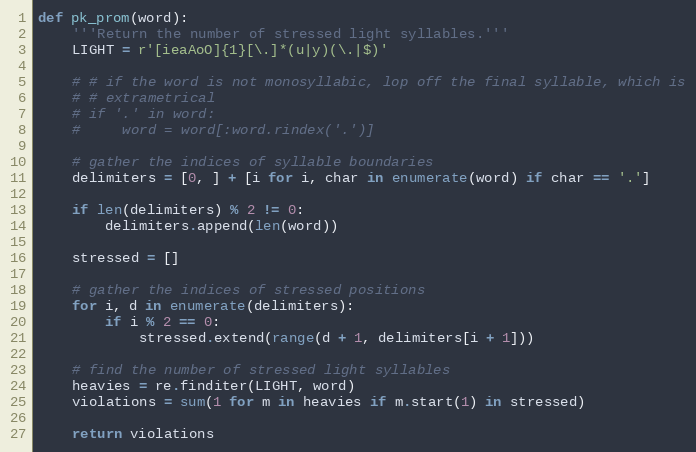
Language: Python
def pk_prom(word):
    '''Return the number of stressed light syllables.'''
    LIGHT = r'[ieaAoO]{1}[\.]*(u|y)(\.|$)'

    # # if the word is not monosyllabic, lop off the final syllable, which is
    # # extrametrical
    # if '.' in word:
    #     word = word[:word.rindex('.')]

    # gather the indices of syllable boundaries
    delimiters = [0, ] + [i for i, char in enumerate(word) if char == '.']

    if len(delimiters) % 2 != 0:
        delimiters.append(len(word))

    stressed = []

    # gather the indices of stressed positions
    for i, d in enumerate(delimiters):
        if i % 2 == 0:
            stressed.extend(range(d + 1, delimiters[i + 1]))

    # find the number of stressed light syllables
    heavies = re.finditer(LIGHT, word)
    violations = sum(1 for m in heavies if m.start(1) in stressed)

    return violations